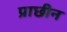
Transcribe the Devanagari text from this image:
प्राछीन